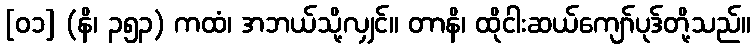
[၀၁] (နိ၊ ၃၅၃) ကထံ၊ အဘယ်သို့လျှင်။ တာနိ၊ ထိုငါးဆယ်ကျော်ပုဒ်တို့သည်။